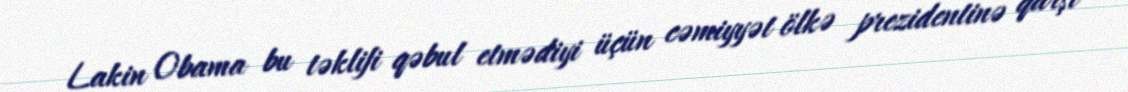
Lakin Obama bu təklifi qəbul etmədiyi üçün cəmiyyət ölkə prezidentinə qarşı